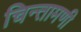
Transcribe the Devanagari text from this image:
चिन्तामणी